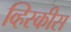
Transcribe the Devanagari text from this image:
व्हिस्कीस